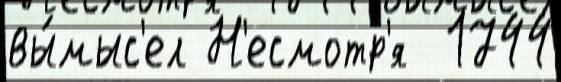
вы́мыс'ел Н'есмотр'я  1744